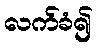
လက်ခံ၍